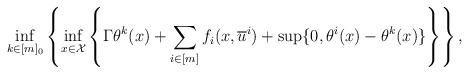
LaTeX: \begin{align*}\inf_{k \in [m]_0} & \left\{ \inf_{x \in \mathcal{X}} \left\{ \Gamma \theta^k(x) + \sum_{i \in [m]} f_i(x,\overline{u}^i) + \sup\{0, \theta^i(x) - \theta^k(x) \} \right\} \right\}, \\\end{align*}